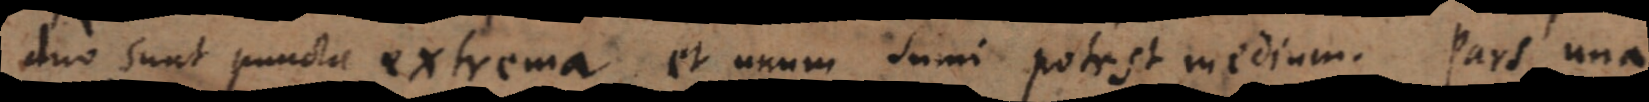
duo sunt puncta extrema et unum sumi potest medium. Pars una